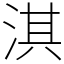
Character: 淇